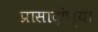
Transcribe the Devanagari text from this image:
प्रासादांच्या